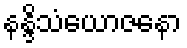
နန္ဒိသံယောဇနော